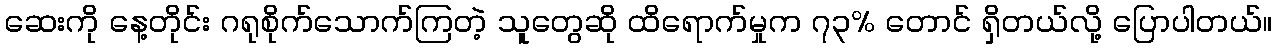
ဆေးကို နေ့တိုင်း ဂရုစိုက်သောက်ကြတဲ့ သူတွေဆို ထိရောက်မှုက ၇၃% တောင် ရှိတယ်လို့ ပြောပါတယ်။